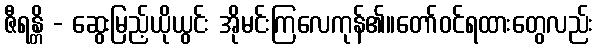
ဇီရန္တိ - ဆွေးမြည့်ယိုယွင်း အိုမင်းကြလေကုန်၏။တော်ဝင်ရထားတွေလည်း